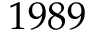
1 9 8 9